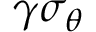
\gamma \sigma _ { \theta }